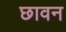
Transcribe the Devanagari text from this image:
छावन